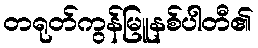
တရုတ်ကွန်မြူနစ်ပါတီ၏